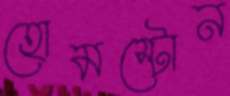
হোমস্টোন